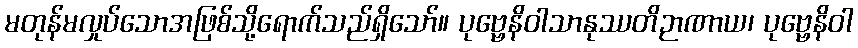
မတုန်မလှုပ်သောအဖြစ်သို့ရောက်သည်ရှိသော်။ ပုဗ္ဗေနိဝါသာနုဿတိဉာဏာယ၊ ပုဗ္ဗေနိဝါ